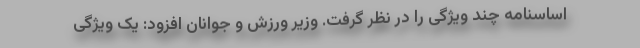
اساسنامه چند ویژگی را در نظر گرفت. وزیر ورزش و جوانان افزود: یک ویژگی